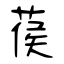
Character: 葔